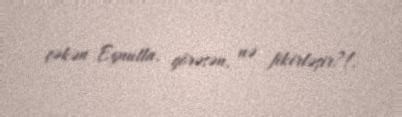
çəkən Eynulla, görəsən, nə fikirləşir?!.